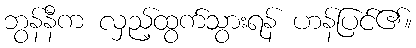
ဘွန်နီက လှည့်ထွက်သွားရန် ဟန်ပြင်၏။